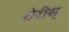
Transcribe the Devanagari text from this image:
वेरीस्